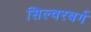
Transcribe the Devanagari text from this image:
सिल्वरबर्ग